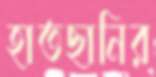
হাতছানির